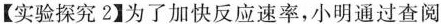
【实验探究2】为了加快反应速率，小明通过查阅